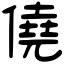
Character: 僥